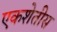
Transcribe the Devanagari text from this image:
एकशेतीस